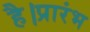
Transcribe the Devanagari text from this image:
है।प्रारंभ